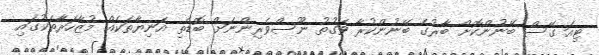
ޓިއަ ގޭސް ބޭނުންކޮށް ބާރުގެ ބޭނުންކުރާ ވަގުތު ނޫސްވެރިންނަށް ބޮޑެތި އަނިޔާތަކެއް މުޒާހަރާތަކުގައި